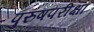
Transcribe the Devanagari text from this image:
पुरुषपरीक्षा